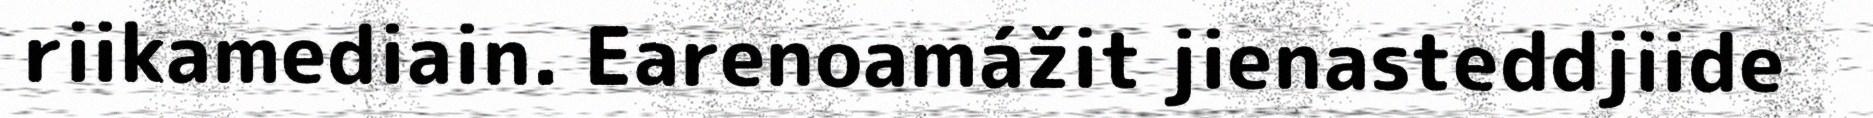
riikamediain. Earenoamážit jienasteddjiide